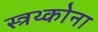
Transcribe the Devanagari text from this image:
स्त्रथ्कोना